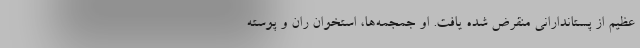
عظیم از پستاندارانی منقرض شده یافت. او جمجمه‌ها، استخوان ران و پوسته